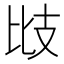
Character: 㩺